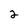
Character: 2